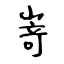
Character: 嵜